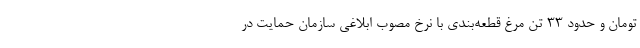
تومان و حدود ۳۳ تن مرغ قطعه‌بندی با نرخ مصوب ابلاغی سازمان حمایت در